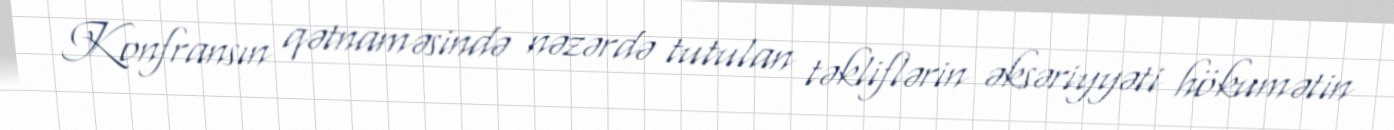
Konfransın qətnaməsində nəzərdə tutulan təkliflərin əksəriyyəti hökumətin